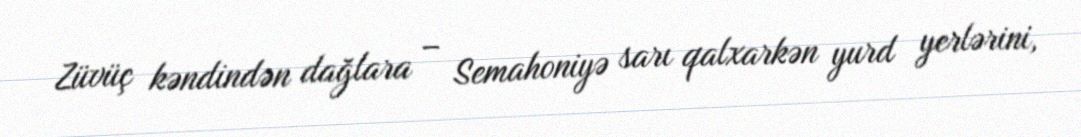
Züvüç kəndindən dağlara – Semahoniyə sarı qalxarkən yurd yerlərini,